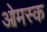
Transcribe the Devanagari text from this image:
ओमस्क